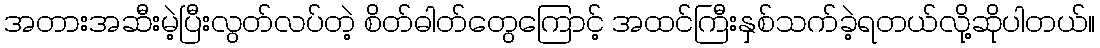
အတားအဆီးမဲ့ပြီးလွတ်လပ်တဲ့ စိတ်ဓါတ်တွေကြောင့် အထင်ကြီးနှစ်သက်ခဲ့ရတယ်လို့ဆိုပါတယ်။